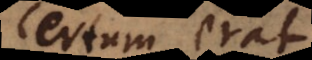
certum erat